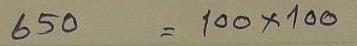
650 = 100 x 100